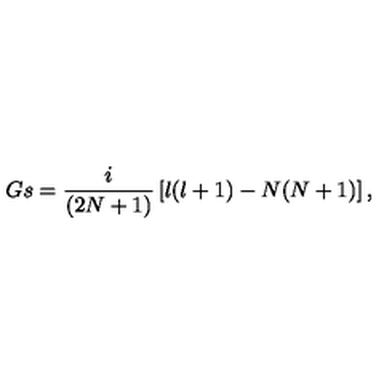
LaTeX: G s = { \frac { i } { ( 2 N + 1 ) } } \left[ l ( l + 1 ) - N ( N + 1 ) \right] ,